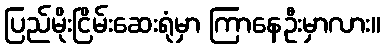
ပြည်မိုးငြိမ်းဆေးရုံမှာ ကြာနေဦးမှာလား။